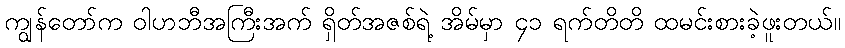
ကျွန်တော်က ဝါဟဘီအကြီးအက် ရှိတ်အဇစ်ရဲ့ အိမ်မှာ ၄၁ ရက်တိတိ ထမင်းစားခဲ့ဖူးတယ်။